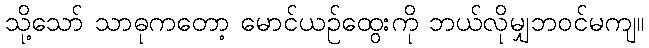
သို့သော် သာဓုကတော့ မောင်ယဉ်ထွေးကို ဘယ်လိုမျှဘဝင်မကျ။